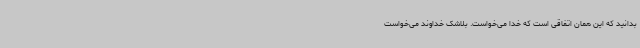
بدانید که این همان اتفاقی است که خدا می‌خواست. بلاشک خداوند می‌خواست